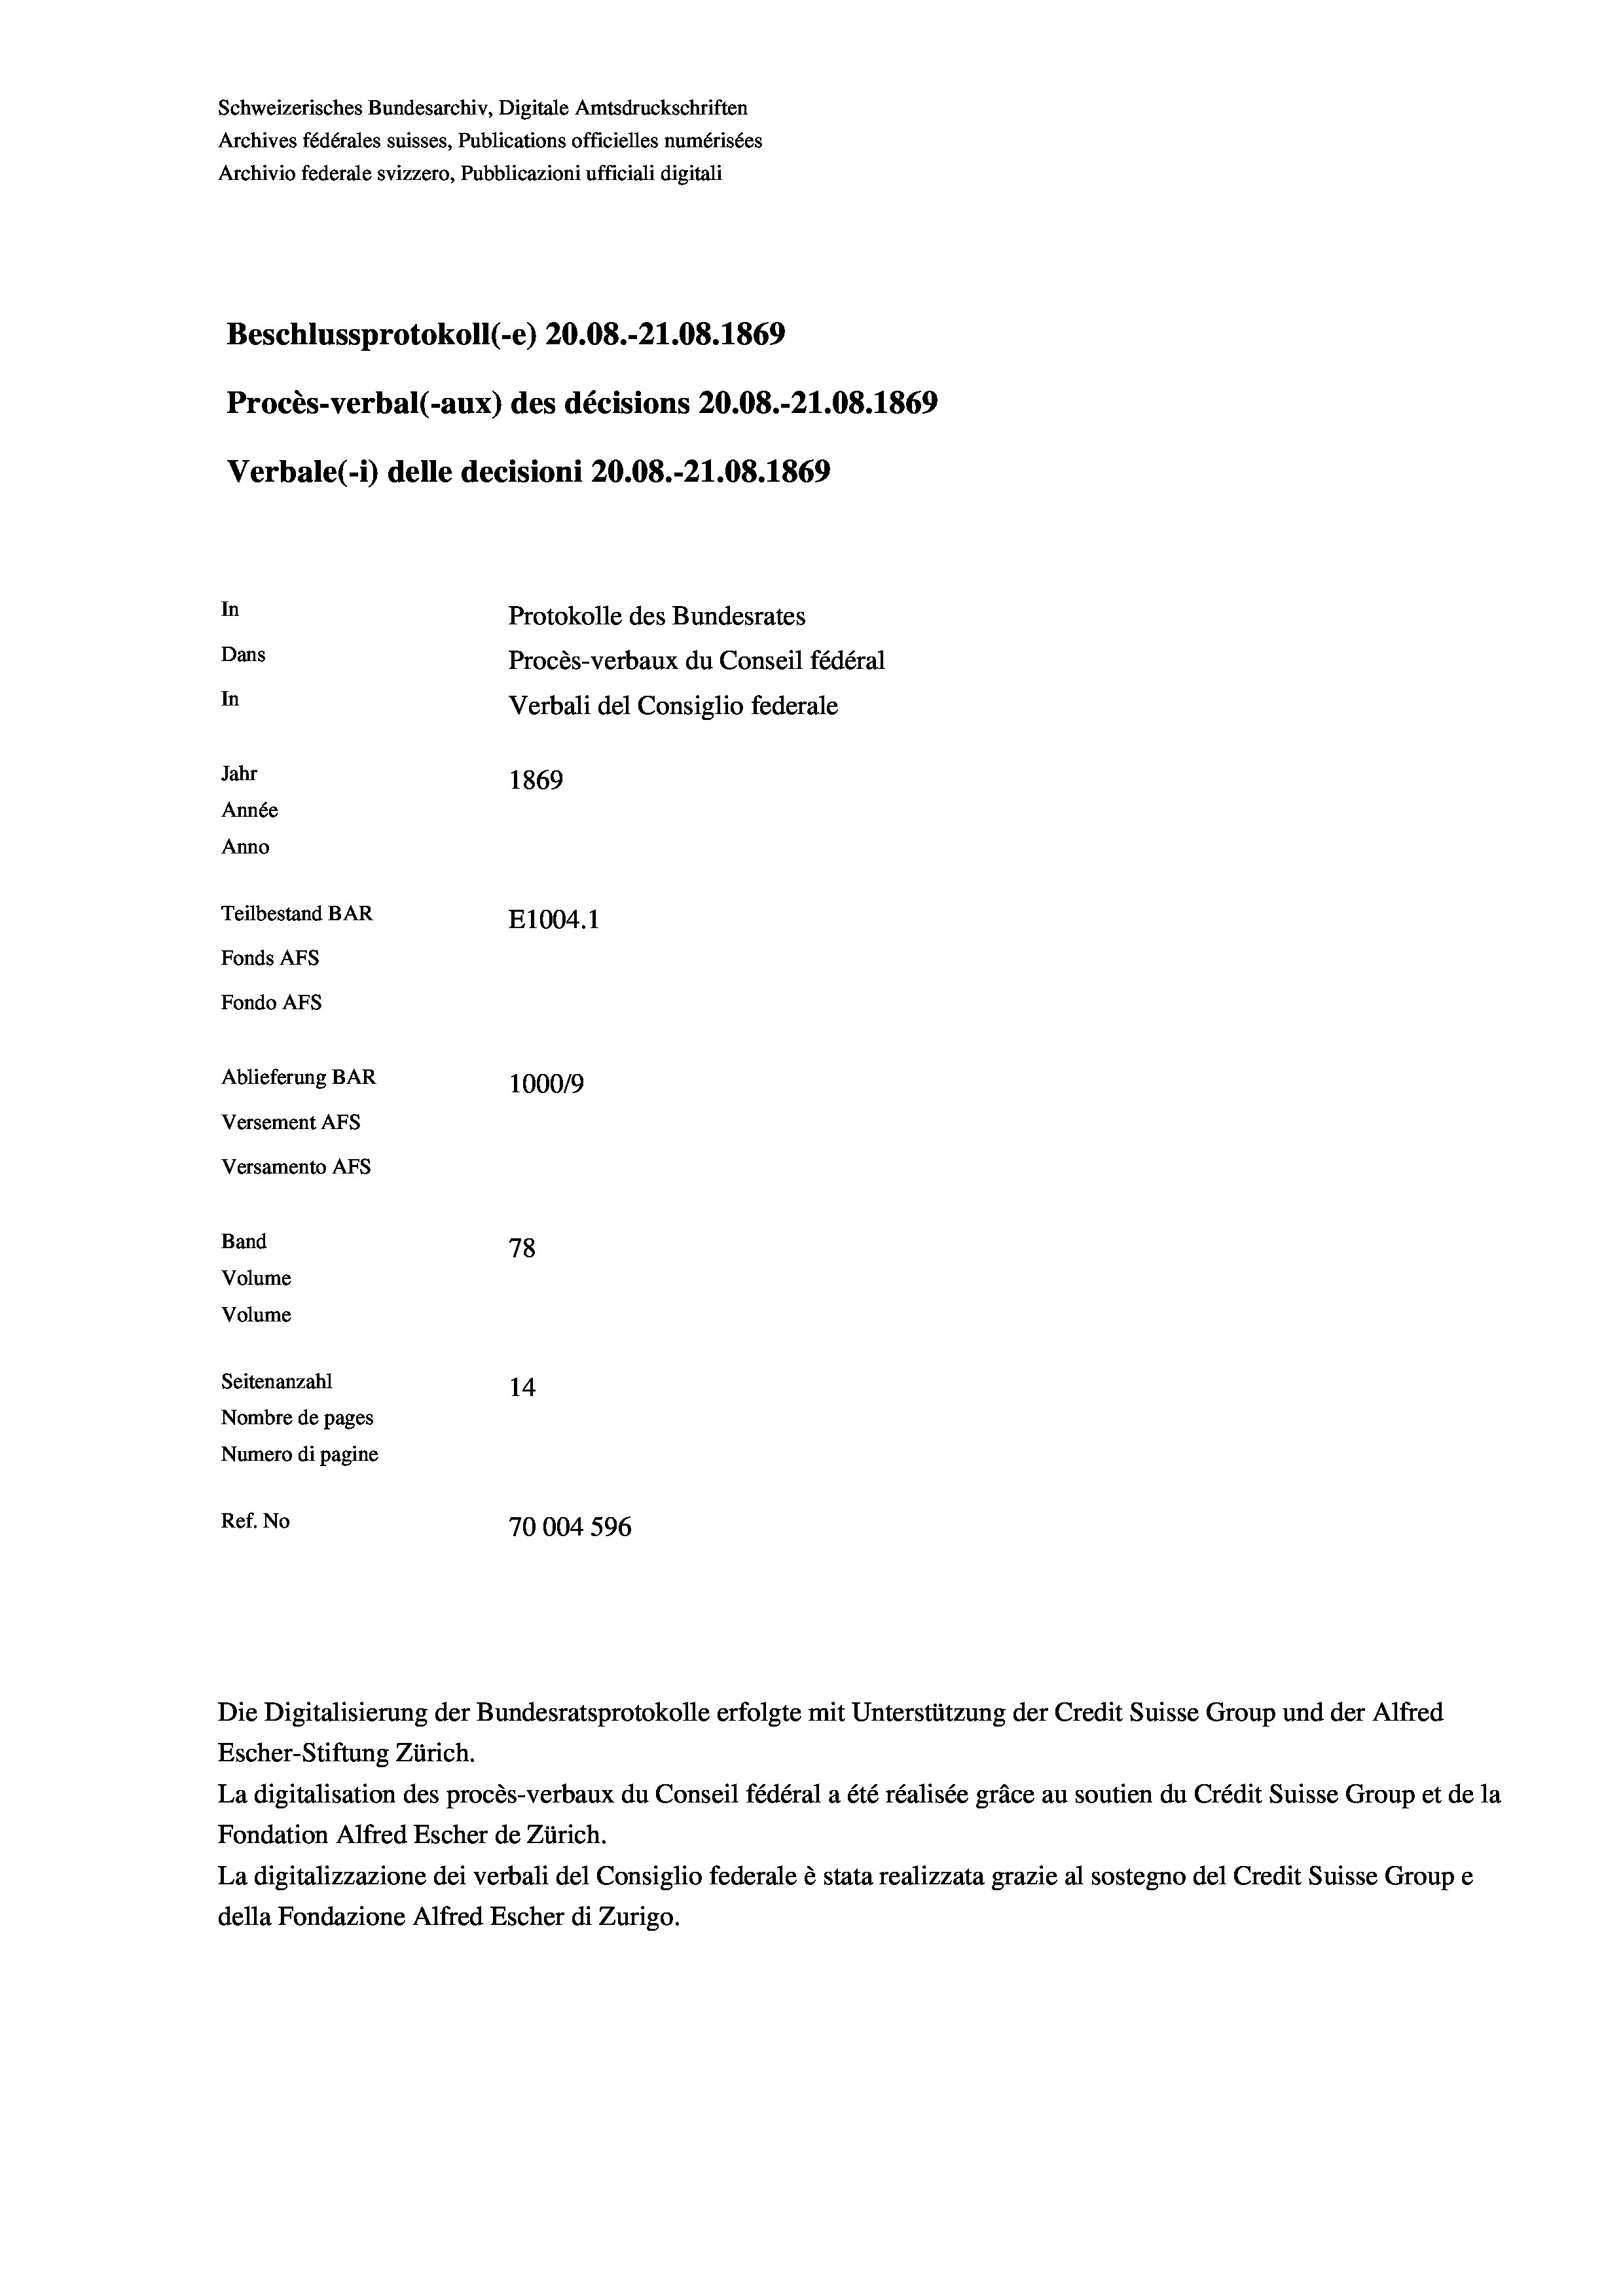
Beschlussprotokoll (-e) 20.08.-21.08. 1869
Procès-verbal (-aux) des décisions 20.08.-21.08. 1869
In
Protokolle des Bundesrates
Dans
Procès-verbaux du Conseil fédéral
In
Verbali del Consiglio federale
Jahr
1869
Année
Anno
Teilbestand BAR
E1004.1
Fonds AFs
Fondo AFS

Ablieferung BAR
Versement AFs
Versamento AFs
Band
Volume
Volume

Schweizerisches Bundesarchiv, Digitale Amtsdruckschriften
Archives fédérales suisses, Publications officielles numérisées

Archivio federale svizzero, Pubblicazioni ufficiali digitali

Verbale (i) delle decisioni 20.08.-21.08. 1869

100019
78
Seitenanzahl
14
Nombre de pages
Numero di pagine
Ref. No
70004 596

Escher-Stiftung Zürich.
La digitalisation des procès-verbaux du Conseil fédéral a été réalisée gräce au soutien du Crédit Suisse Group et de la
Fondation Alfred Escher de Zürich.
La digitalizzazione dei verbali del Consiglio federale è stata realizzata grazie al sostegno del Credit Suisse Groupe
della Fondazione Alfred Escher di Zurigo.

Die Digitalisierung der Bundesratsprotokolle erfolgte mit Unterstützung der Credit Suisse Group und der Alfred